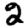
Digit: 2